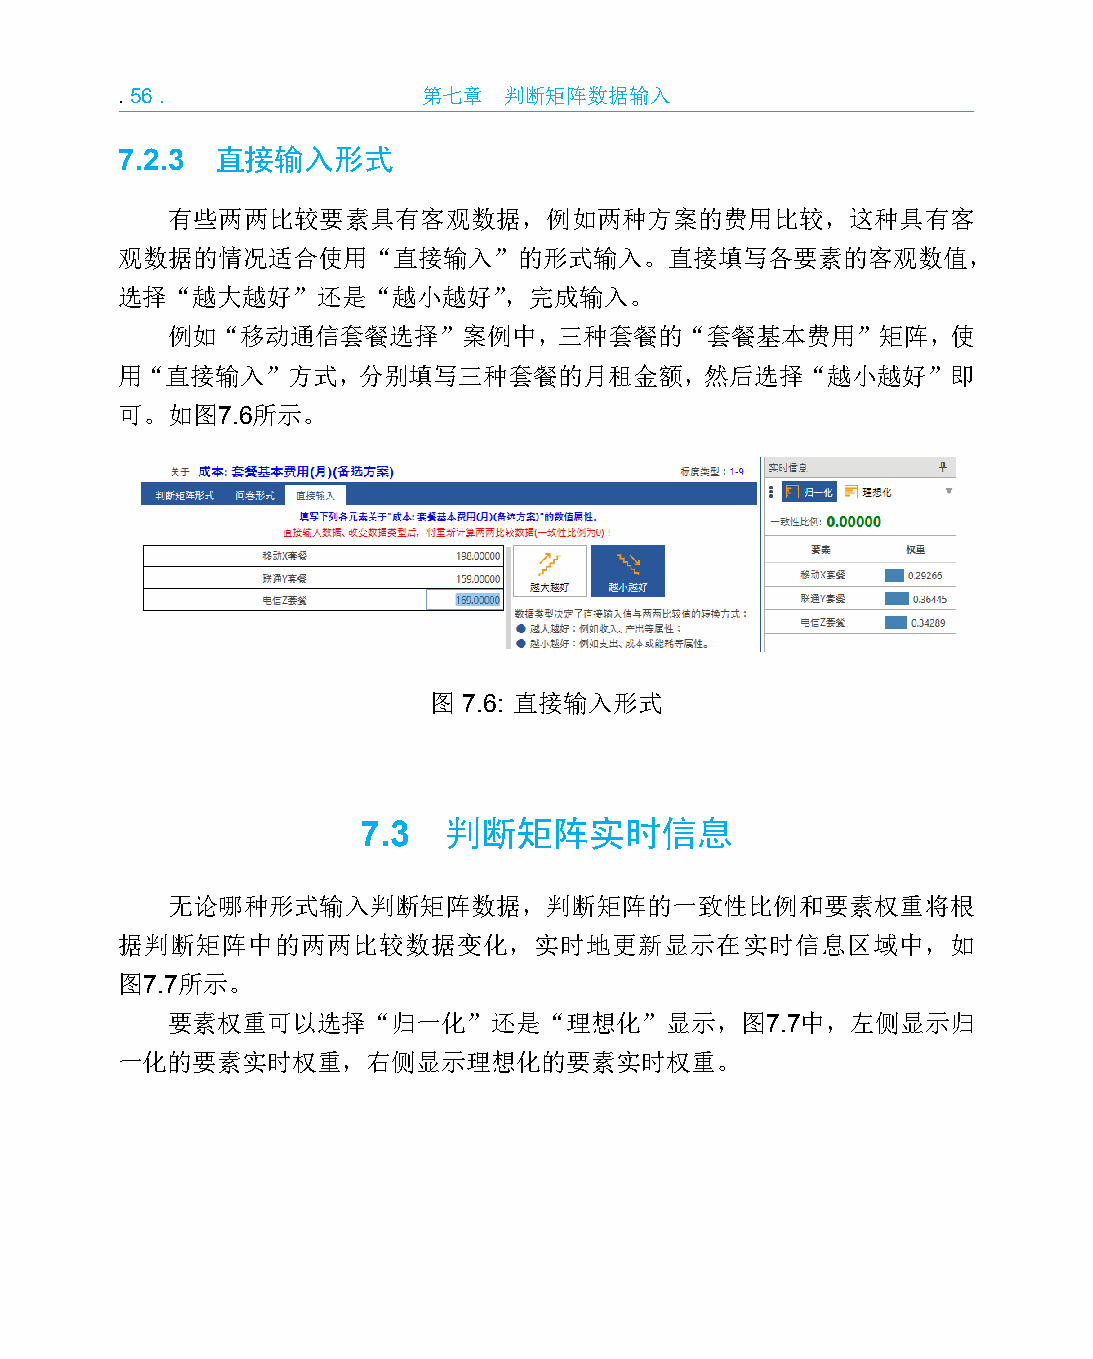
.56.                第七章  判断矩阵数据输入
 7.2.3 直接输入形式
 有些两两比较要素具有客观数据，例如两种方案的费用比较，这种具有客
 观数据的情况适合使用“直接输入”的形式输入。直接填写各要素的客观数值，
 选择“越大越好”还是“越小越好”，完成输入。
 例如“移动通信套餐选择”案例中，三种套餐的“套餐基本费用”矩阵，使
 用“直接输入”方式，分别填写三种套餐的月租金额，然后选择“越小越好”即
 可。如图7.6所示。
 图  7.6: 直接输入形式
 7.3   判断矩阵实时信息
 无论哪种形式输入判断矩阵数据，判断矩阵的一致性比例和要素权重将根
 据判断矩阵中的两两比较数据变化，实时地更新显示在实时信息区域中，如
 图7.7所示。
 要素权重可以选择“归一化”还是“理想化”显示，图7.7中，左侧显示归
 一化的要素实时权重，右侧显示理想化的要素实时权重。